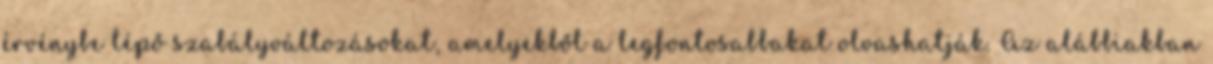
érvénybe lépő szabályváltozásokat, amelyekből a legfontosabbakat olvashatják. Az alábbiakban